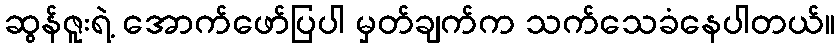
ဆွန်ဇူးရဲ့ အောက်ဖော်ပြပါ မှတ်ချက်က သက်သေခံနေပါတယ်။